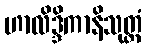
ဟာလိဒ္ဒိကာနိသုတ္တံ